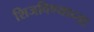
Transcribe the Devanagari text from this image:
शिजविण्याच्या